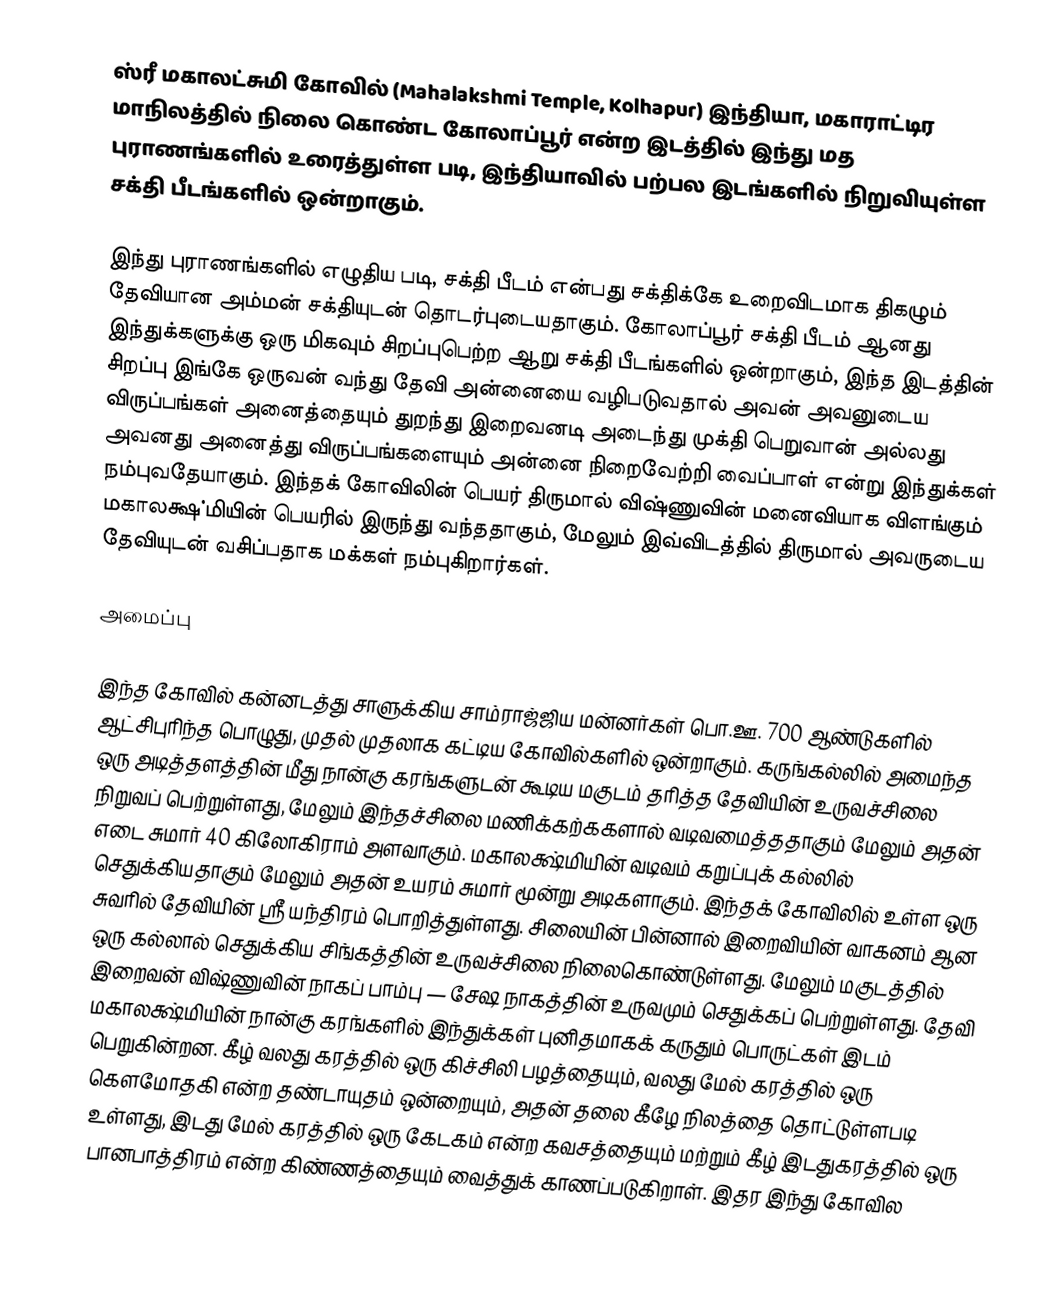
ஸ்ரீ மகாலட்சுமி கோவில் (Mahalakshmi Temple, Kolhapur) இந்தியா, மகாராட்டிர மாநிலத்தில் நிலை கொண்ட கோலாப்பூர் என்ற இடத்தில் இந்து மத புராணங்களில் உரைத்துள்ள படி, இந்தியாவில் பற்பல இடங்களில் நிறுவியுள்ள சக்தி பீடங்களில் ஒன்றாகும்.

இந்து புராணங்களில் எழுதிய படி, சக்தி பீடம் என்பது சக்திக்கே உறைவிடமாக திகழும் தேவியான அம்மன் சக்தியுடன் தொடர்புடையதாகும். கோலாப்பூர் சக்தி பீடம் ஆனது இந்துக்களுக்கு ஒரு மிகவும் சிறப்புபெற்ற ஆறு சக்தி பீடங்களில் ஒன்றாகும், இந்த இடத்தின் சிறப்பு இங்கே ஒருவன் வந்து தேவி அன்னையை வழிபடுவதால் அவன் அவனுடைய விருப்பங்கள் அனைத்தையும் துறந்து இறைவனடி அடைந்து முக்தி பெறுவான் அல்லது அவனது அனைத்து விருப்பங்களையும் அன்னை நிறைவேற்றி வைப்பாள் என்று இந்துக்கள் நம்புவதேயாகும். இந்தக் கோவிலின் பெயர் திருமால் விஷ்ணுவின் மனைவியாக விளங்கும் மகாலக்ஷ்மியின் பெயரில் இருந்து வந்ததாகும், மேலும் இவ்விடத்தில் திருமால் அவருடைய தேவியுடன் வசிப்பதாக மக்கள் நம்புகிறார்கள்.

அமைப்பு

இந்த கோவில் கன்னடத்து சாளுக்கிய சாம்ராஜ்ஜிய மன்னர்கள் பொ.ஊ. 700 ஆண்டுகளில் ஆட்சிபுரிந்த பொழுது, முதல் முதலாக கட்டிய கோவில்களில் ஒன்றாகும். கருங்கல்லில் அமைந்த ஒரு அடித்தளத்தின் மீது நான்கு கரங்களுடன் கூடிய மகுடம் தரித்த தேவியின் உருவச்சிலை நிறுவப் பெற்றுள்ளது, மேலும் இந்தச்சிலை மணிக்கற்ககளால் வடிவமைத்ததாகும் மேலும் அதன் எடை சுமார் 40 கிலோகிராம் அளவாகும். மகாலக்ஷ்மியின் வடிவம் கறுப்புக் கல்லில் செதுக்கியதாகும் மேலும் அதன் உயரம் சுமார் மூன்று அடிகளாகும். இந்தக் கோவிலில் உள்ள ஒரு சுவரில் தேவியின் ஸ்ரீ யந்திரம் பொறித்துள்ளது. சிலையின் பின்னால் இறைவியின் வாகனம் ஆன ஒரு கல்லால் செதுக்கிய சிங்கத்தின் உருவச்சிலை நிலைகொண்டுள்ளது. மேலும் மகுடத்தில் இறைவன் விஷ்ணுவின் நாகப் பாம்பு — சேஷ நாகத்தின் உருவமும் செதுக்கப் பெற்றுள்ளது. தேவி மகாலக்ஷ்மியின் நான்கு கரங்களில் இந்துக்கள் புனிதமாகக் கருதும் பொருட்கள் இடம் பெறுகின்றன. கீழ் வலது கரத்தில் ஒரு கிச்சிலி பழத்தையும், வலது மேல் கரத்தில் ஒரு கௌமோதகி என்ற தண்டாயுதம் ஒன்றையும், அதன் தலை கீழே நிலத்தை தொட்டுள்ளபடி உள்ளது, இடது மேல் கரத்தில் ஒரு கேடகம் என்ற கவசத்தையும் மற்றும் கீழ் இடதுகரத்தில் ஒரு பானபாத்திரம் என்ற கிண்ணத்தையும் வைத்துக் காணப்படுகிறாள். இதர இந்து கோவில